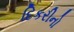
દિકરીનો